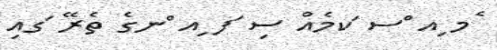
ެމ ިއ ްސ ަކމެއް ސި ަފ ިއ ްނގެ ތެރޭ ަގއި